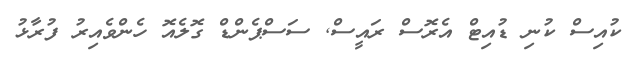
ކުއިސް ކުނި ޑުއިޓް އެރޮސް ރައީސް